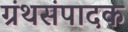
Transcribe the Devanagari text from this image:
ग्रंथसंपादक